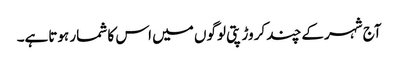
آج شہرکے چند کروڑپتی لوگوں میں اس کا شمار ہوتاہے۔